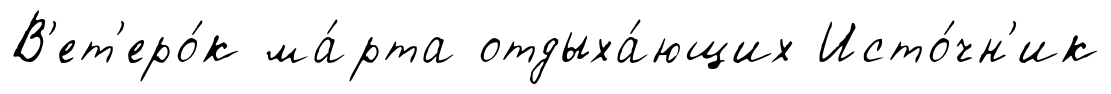
В'ет'еро́к ма́рта отдыха́ющих Исто́чн'ик